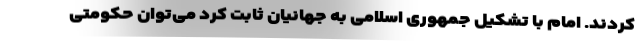
کردند. امام با تشکیل جمهوری اسلامی به جهانیان ثابت کرد می‌توان حکومتی